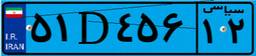
۵۱D۴۵۶۱۲